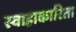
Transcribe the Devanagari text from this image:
स्वाहाकारिता